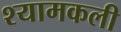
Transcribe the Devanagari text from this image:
श्यामकली